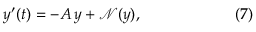
y ^ { \prime } ( t ) = - A \, y + { \mathcal { N } } ( y ) , \qquad \qquad \qquad ( 7 )